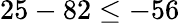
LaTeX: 25-82\leq-56